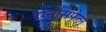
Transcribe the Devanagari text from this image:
एनसिफेल